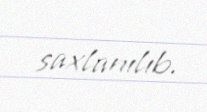
saxlanılıb.